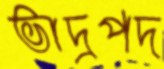
ভাদ্রপদ